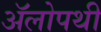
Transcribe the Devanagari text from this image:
ॲलोपथी